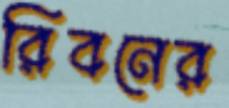
রিবনের